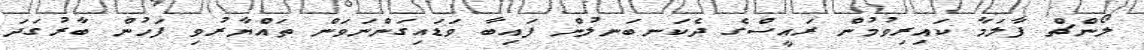
ލޯންޗް ފާލަމާ ކައިރިވުމުން ރައީސްގެ ދެކަނބަނލުން ފައިބާ ވަޑައިގަންނަވަން ތައްޔާރުވި ފަހުން ބާރުގަދަ